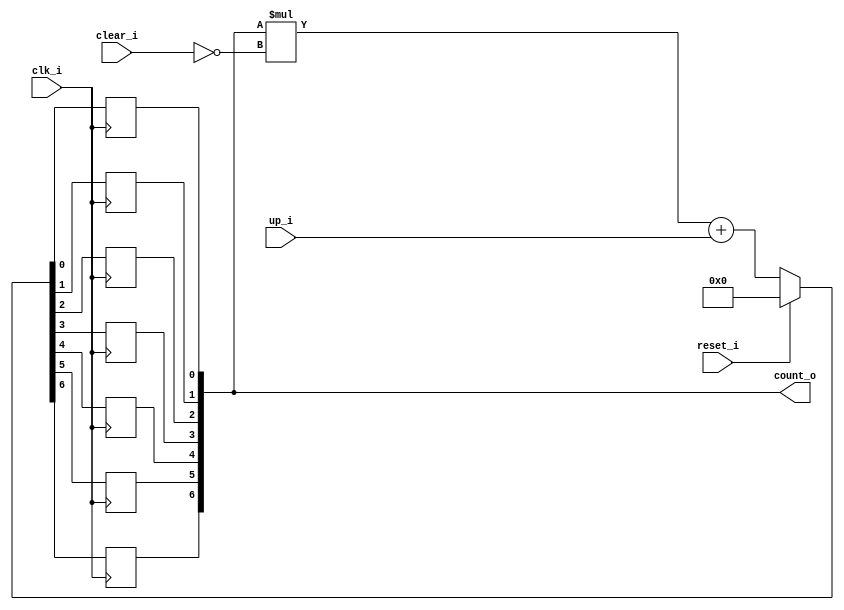
module bsg_counter_clear_up_max_val_p65_init_val_p0
(
  clk_i,
  reset_i,
  clear_i,
  up_i,
  count_o
);

  output [6:0] count_o;
  input clk_i;
  input reset_i;
  input clear_i;
  input up_i;
  wire [6:0] count_o;
  wire N0,N1,N2,N3,N4,N5,N6,N7,N8,N9,N10,N11,N12,N13,N14,N15,N16,N17,N18,N19,N20,N21,
  N22,N23,N24,N25,N26;
  reg count_o_6_sv2v_reg,count_o_5_sv2v_reg,count_o_4_sv2v_reg,count_o_3_sv2v_reg,
  count_o_2_sv2v_reg,count_o_1_sv2v_reg,count_o_0_sv2v_reg;
  assign count_o[6] = count_o_6_sv2v_reg;
  assign count_o[5] = count_o_5_sv2v_reg;
  assign count_o[4] = count_o_4_sv2v_reg;
  assign count_o[3] = count_o_3_sv2v_reg;
  assign count_o[2] = count_o_2_sv2v_reg;
  assign count_o[1] = count_o_1_sv2v_reg;
  assign count_o[0] = count_o_0_sv2v_reg;

  always @(posedge clk_i) begin
    if(1'b1) begin
      count_o_6_sv2v_reg <= N19;
    end 
  end


  always @(posedge clk_i) begin
    if(1'b1) begin
      count_o_5_sv2v_reg <= N18;
    end 
  end


  always @(posedge clk_i) begin
    if(1'b1) begin
      count_o_4_sv2v_reg <= N17;
    end 
  end


  always @(posedge clk_i) begin
    if(1'b1) begin
      count_o_3_sv2v_reg <= N16;
    end 
  end


  always @(posedge clk_i) begin
    if(1'b1) begin
      count_o_2_sv2v_reg <= N15;
    end 
  end


  always @(posedge clk_i) begin
    if(1'b1) begin
      count_o_1_sv2v_reg <= N14;
    end 
  end


  always @(posedge clk_i) begin
    if(1'b1) begin
      count_o_0_sv2v_reg <= N13;
    end 
  end

  assign { N12, N11, N10, N9, N8, N7, N6 } = { N26, N25, N24, N23, N22, N21, N20 } + up_i;
  assign { N19, N18, N17, N16, N15, N14, N13 } = (N0)? { 1'b0, 1'b0, 1'b0, 1'b0, 1'b0, 1'b0, 1'b0 } : 
                                                 (N1)? { N12, N11, N10, N9, N8, N7, N6 } : 1'b0;
  assign N0 = reset_i;
  assign N1 = N2;
  assign { N26, N25, N24, N23, N22, N21, N20 } = count_o * N4;
  assign N2 = ~reset_i;
  assign N3 = N2;
  assign N4 = ~clear_i;
  assign N5 = N3 & N4;

endmodule